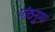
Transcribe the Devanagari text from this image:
गांठनुमा